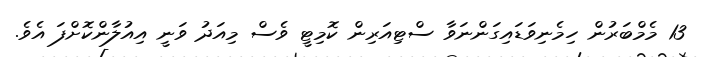
13 މެމްބަރުން ހިމެނިވަޑައިގަންނަވާ ސްޓިއަރިން ކޮމިޓީ ވެސް މިއަދު ވަނީ އިއުލާންކޮށްފަ އެވެ.